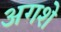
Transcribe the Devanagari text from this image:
अगशे